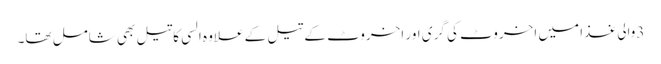
3والی غذا میں اخروٹ کی گری اور اخروٹ کے تیل کے علاوہ السی کاتیل بھی شامل تھا۔